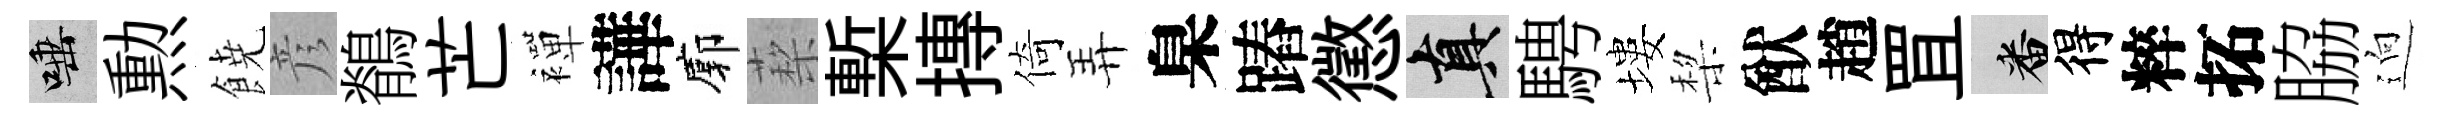
唾勲𩜙彦鶺芒襌譁廓蔾槧摶倚弄臬蹖懲真騁塿棃猷趙罝番得粹拓脇逈